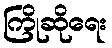
ကြိုဆိုရေး